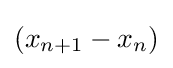
(x_{n+1}-x_{n})